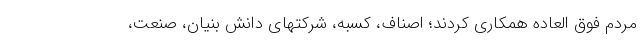
مردم فوق العاده همکاری کردند؛ اصناف، کسبه، شرکتهای دانش بنیان، صنعت،